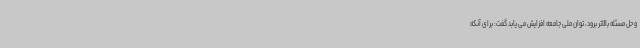
و حل مسئله بالاتر برود، توان ملی جامعه افزایش می یابد گفت: برای آنکه